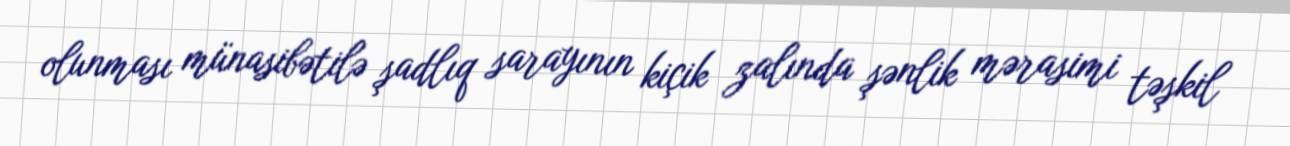
olunması münasibətilə şadlıq sarayının kiçik zalında şənlik mərasimi təşkil